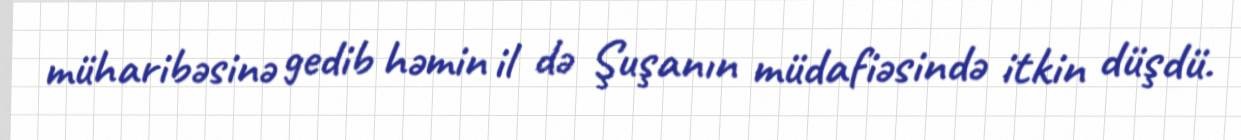
müharibəsinə gedib həmin il də Şuşanın müdafiəsində itkin düşdü.